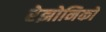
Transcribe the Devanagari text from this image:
रेझोनिको